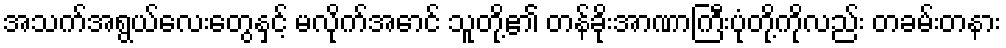
အသက်အရွယ်လေးတွေနှင့် မလိုက်အောင် သူတို့၏ တန်ခိုးအာဏာကြီးပုံတို့ကိုလည်း တခမ်းတနား